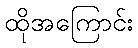
ထိုအကြောင်း